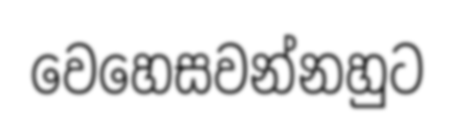
වෙහෙසවන්නහුට